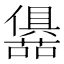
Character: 𭌛